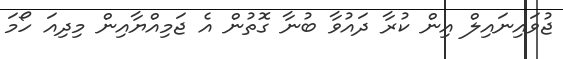
ޖުވައިނައިލް އިން ކުރާ ދައުވާ ބުނާ ގޮތުން އެ ޖަމިއްޔާއިން މިދިއަ ހޯމަ